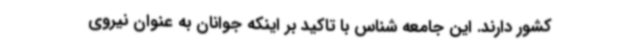
کشور دارند. این جامعه شناس با تاکید بر اینکه جوانان به عنوان نیروی